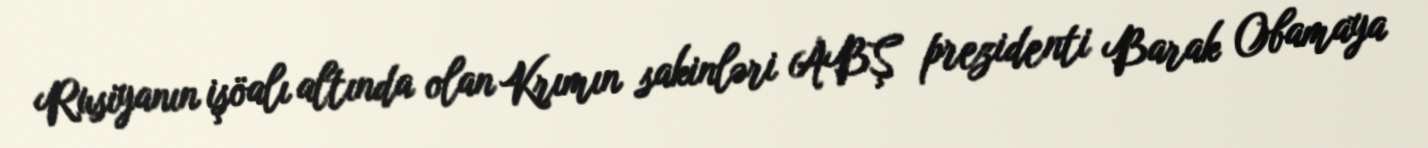
Rusiyanın işöalı altında olan Krımın sakinləri ABŞ prezidenti Barak Obamaya